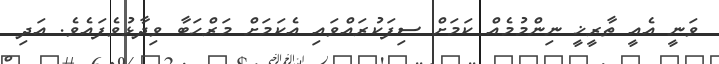
ވަނީ އެއީ ތާރީޚީ ނިންމުމެއް ކަމަށް ސިފަކުރައްވައި އެކަމަށް މަރްހަބާ ވިދާޅުވެފައެވެ. އަދި